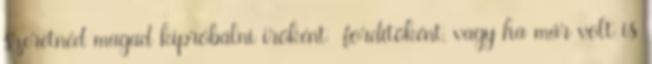
szeretnéd magad kipróbálni íróként fordítóként, vagy ha már volt is